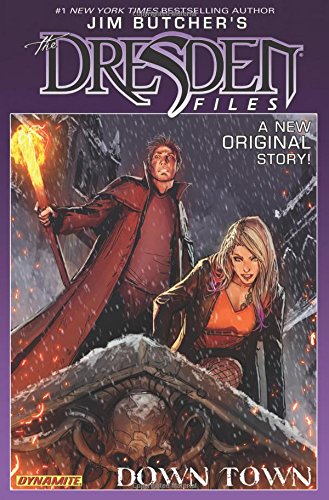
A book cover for Jim Butcher's Dresden Files: Down Town; Jim Butcher; Comics & Graphic Novels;